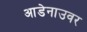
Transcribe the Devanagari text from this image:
आडेनाउवर